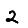
Digit: 2